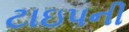
ટાઇપની